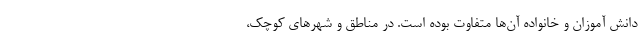
دانش آموزان و خانواده آن‌ها متفاوت بوده است. در مناطق و شهرهای کوچک،